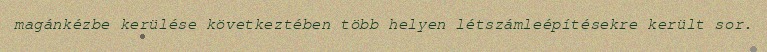
magánkézbe kerülése következtében több helyen létszámleépítésekre került sor.